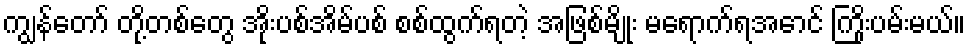
ကျွန်တော် တို့တစ်တွေ အိုးပစ်အိမ်ပစ် စစ်ထွက်ရတဲ့ အဖြစ်မျိုး မရောက်ရအောင် ကြိုးပမ်းမယ်။